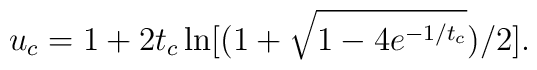
u_c=1+2t_c\ln[(1+\sqrt{1-4e^{-1/t_c}})/2].